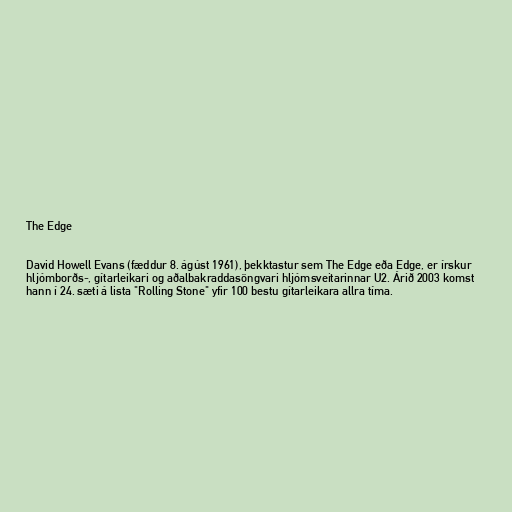
The Edge

David Howell Evans (fæddur 8. ágúst 1961), þekktastur sem The Edge eða Edge, er írskur
hljómborðs-, gítarleikari og aðalbakraddasöngvari hljómsveitarinnar U2. Árið 2003 komst
hann í 24. sæti á lista "Rolling Stone" yfir 100 bestu gítarleikara allra tíma.